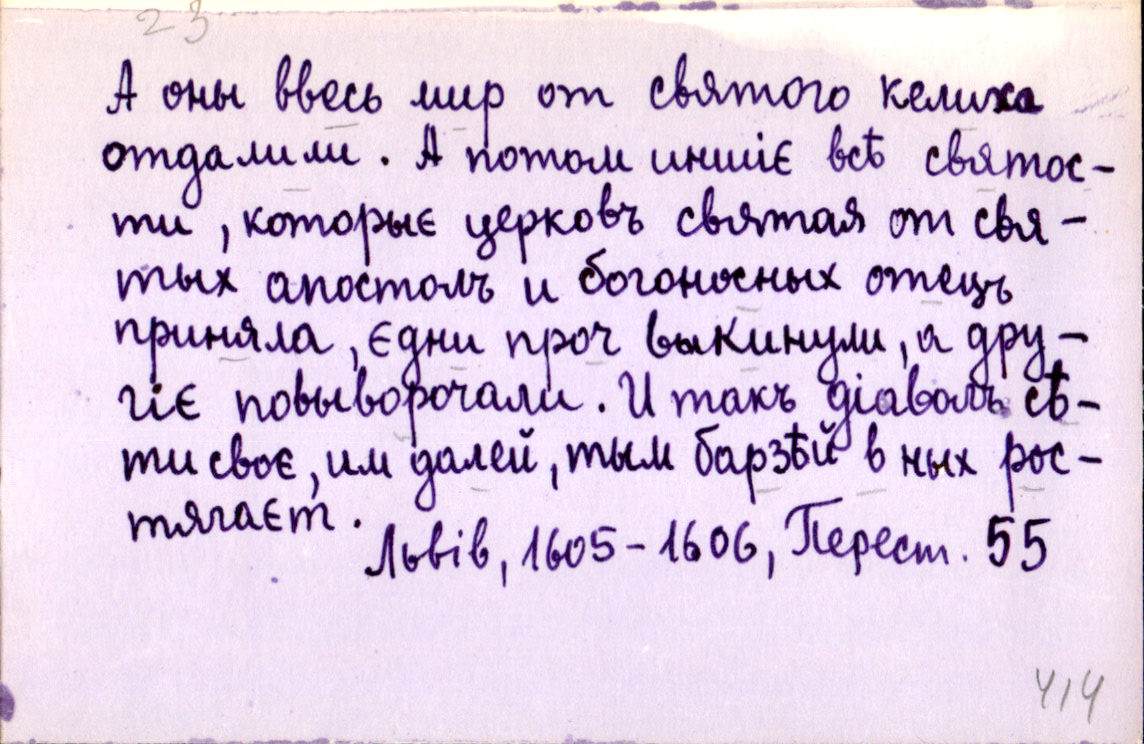
А оны ввесь мир от святого келиха
отдалили. А потом иншіє всѣ святос-
ти, которыє церковъ святая от свя-
тых апостолъ и богоносных отецъ
приняла, єдни проч выкинули, а дру-
гіє повыворочали. И такъ діаволъ сѣ-
ти своє, им далей, тым барзѣй в нхъ рос-
тягаєт.
Львів, 1605-1606, Перест. 55